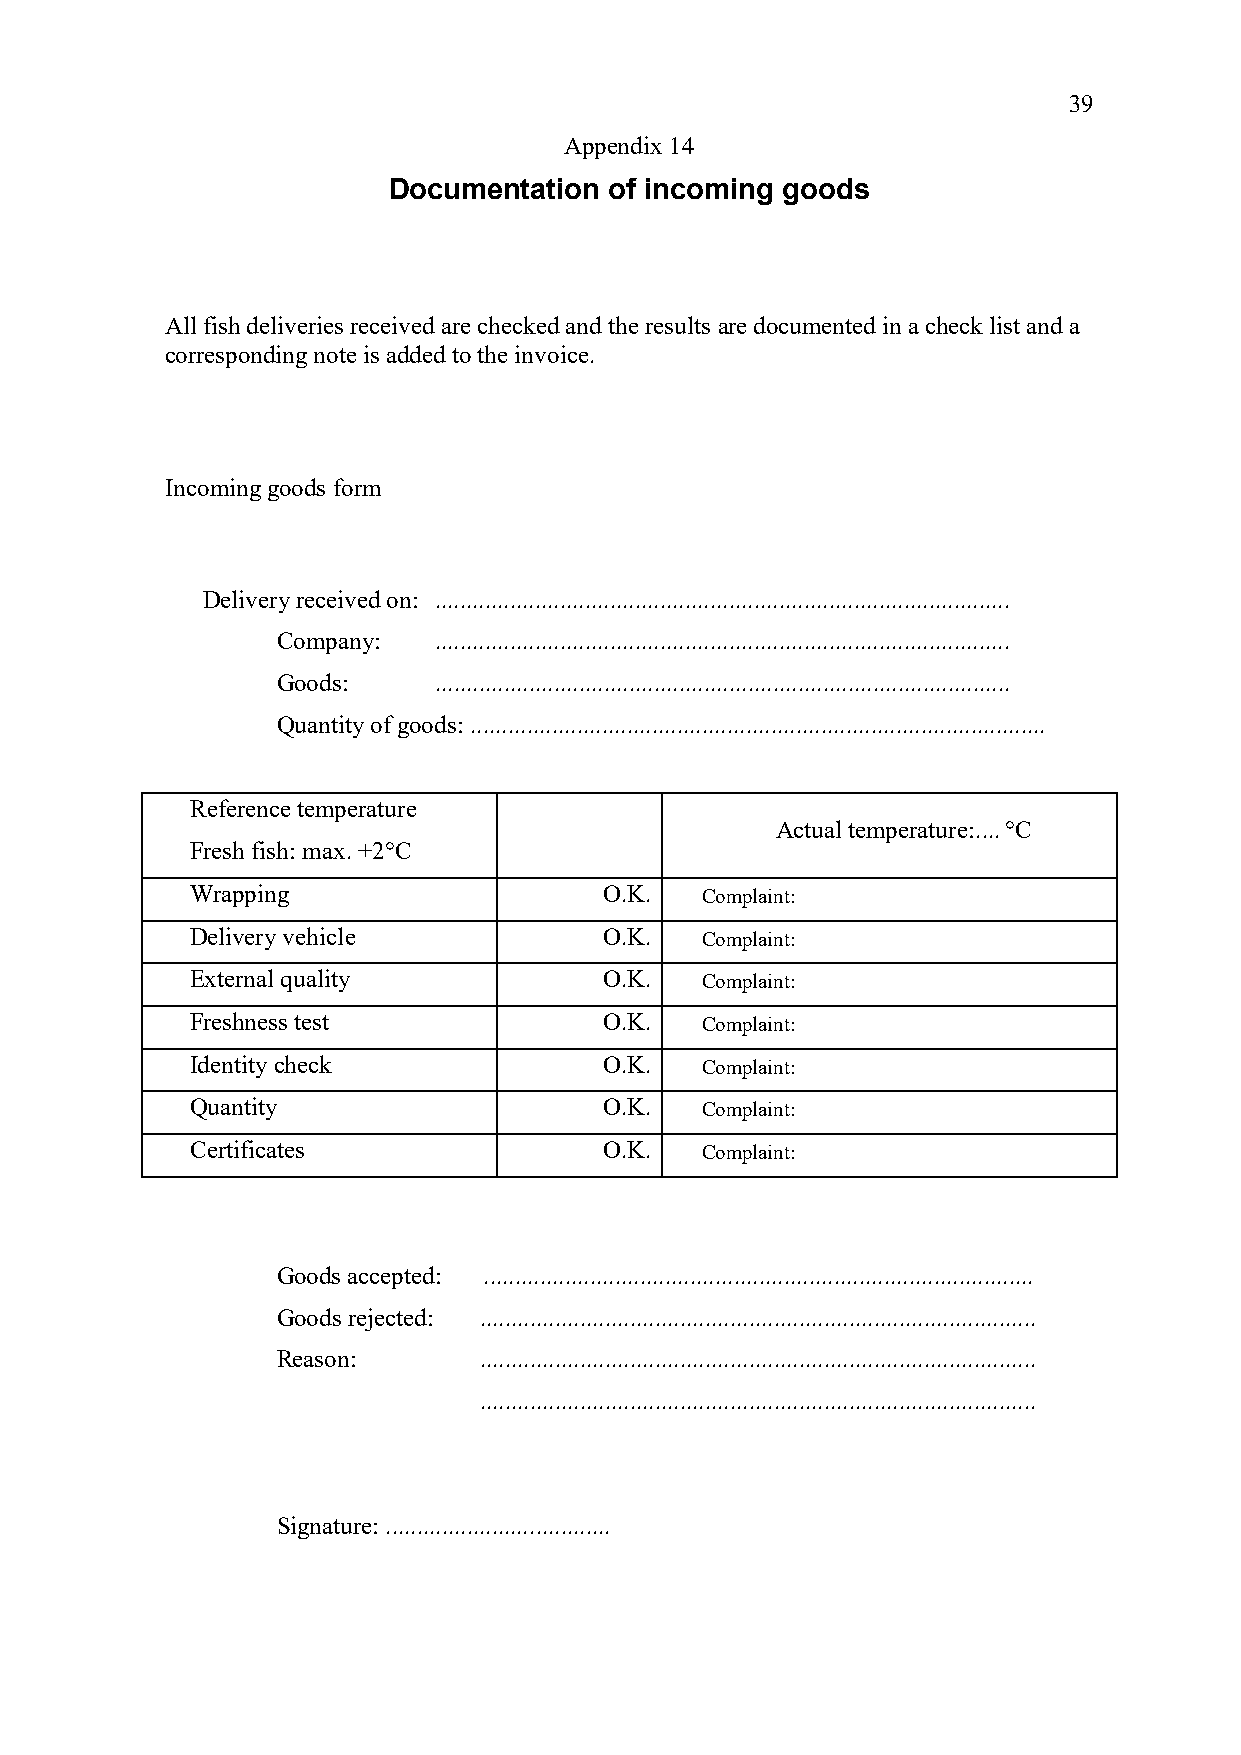
39
 Appendix 14
 Documentation of incoming goods
 All fish deliveries received are checked and the results are documented in a check list and a
 corresponding note is added to the invoice.
 Incoming goods form
 Delivery received on: ............................................................................................
 Company:   ............................................................................................
 Goods:     ............................................................................................
 Quantity of goods: ............................................................................................
 Reference temperature
 Actual temperature: .... °C
 Fresh fish: max. +2°C
 Wrapping                   O.K.  Complaint:
 Delivery vehicle           O.K.  Complaint:
 External quality           O.K.  Complaint:
 Freshness test             O.K.  Complaint:
 Identity check             O.K.  Complaint:
 Quantity                   O.K.  Complaint:
 Certificates               O.K.  Complaint:
 Goods accepted: ........................................................................................
 Goods rejected: .........................................................................................
 Reason:       .........................................................................................
 .........................................................................................
 Signature: ....................................